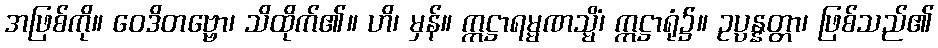
အဖြစ်ကို။ ဝေဒိတဗ္ဗော၊ သိထိုက်၏။ ဟိ၊ မှန်။ ဣဋ္ဌာရမ္မဏသ္မိံ၊ ဣဋ္ဌာရုံ၌။ ဥပ္ပန္နတ္တာ၊ ဖြစ်သည်၏